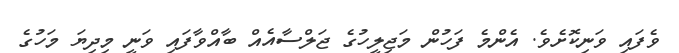
ވެފައި ވަނިކޮށެވެ. އެންމެ ފަހުން މަޖިލީހުގެ ޖަލްސާއެއް ބާއްވާފައި ވަނީ މިދިޔަ މަހުގެ